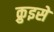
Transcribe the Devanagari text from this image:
क्रुइसे